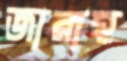
জারাহ